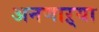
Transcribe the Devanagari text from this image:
अनणाऱ्या